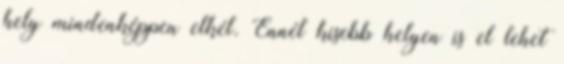
hely mindenképpen elkél. Ennél kisebb helyen is el lehet